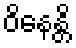
ဝိနေန္တိ